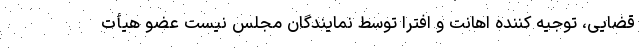
قضایی، توجیه کننده اهانت و افترا توسط نمایندگان مجلس نیست عضو هیأت